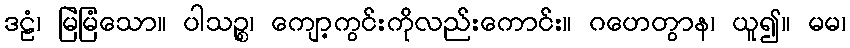
ဒဠံ၊ မြဲမြံသော။ ပါသဉ္စ၊ ကျော့ကွင်းကိုလည်းကောင်း။ ဂဟေတွာန၊ ယူ၍။ မမ၊